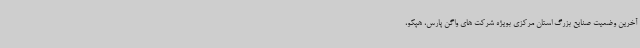
آخرین وضعیت صنایع بزرگ استان مرکزی بویژه شرکت های واگن پارس، هپکو،